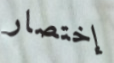
إختصار